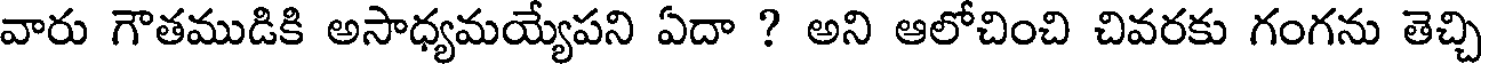
వారు గౌతముడికి అసాధ్యమయ్యేపని ఏదా ? అని ఆలోచించి చివరకు గంగను తెచ్చి